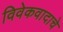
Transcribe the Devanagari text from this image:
विवेकवादाचे